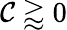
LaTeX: \mathcal{C}\gtrapprox0